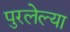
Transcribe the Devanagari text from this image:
पुरलेल्या